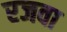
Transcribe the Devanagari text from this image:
रजवा